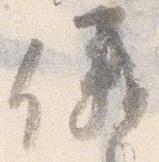
儀